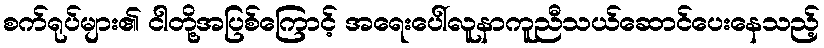
စက်ရုပ်များ၏ ငါတို့အပြစ်ကြောင့် အရေးပေါ်လူနာကူညီသယ်ဆောင်ပေးနေသည့်